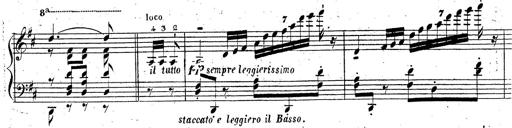
Title: Grande fantaisie sur la tyrolienne de l'opÃ©ra
Composer: Franz Liszt
Key: A major